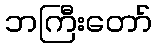
ဘကြီးတော်